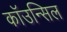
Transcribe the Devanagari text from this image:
कॉउन्सिल